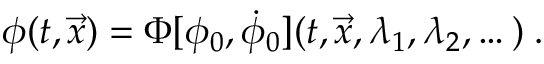
\phi ( t , { \vec { x } } ) = \Phi [ \phi _ { 0 } , \dot { \phi } _ { 0 } ] ( t , { \vec { x } } , \lambda _ { 1 } , \lambda _ { 2 } , \dots ) \; .